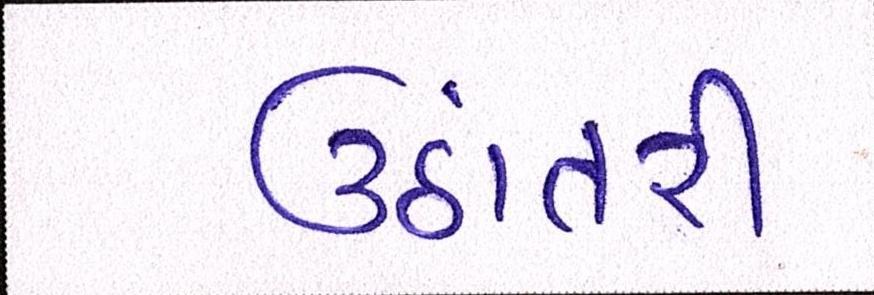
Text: ઉઠાંતરી